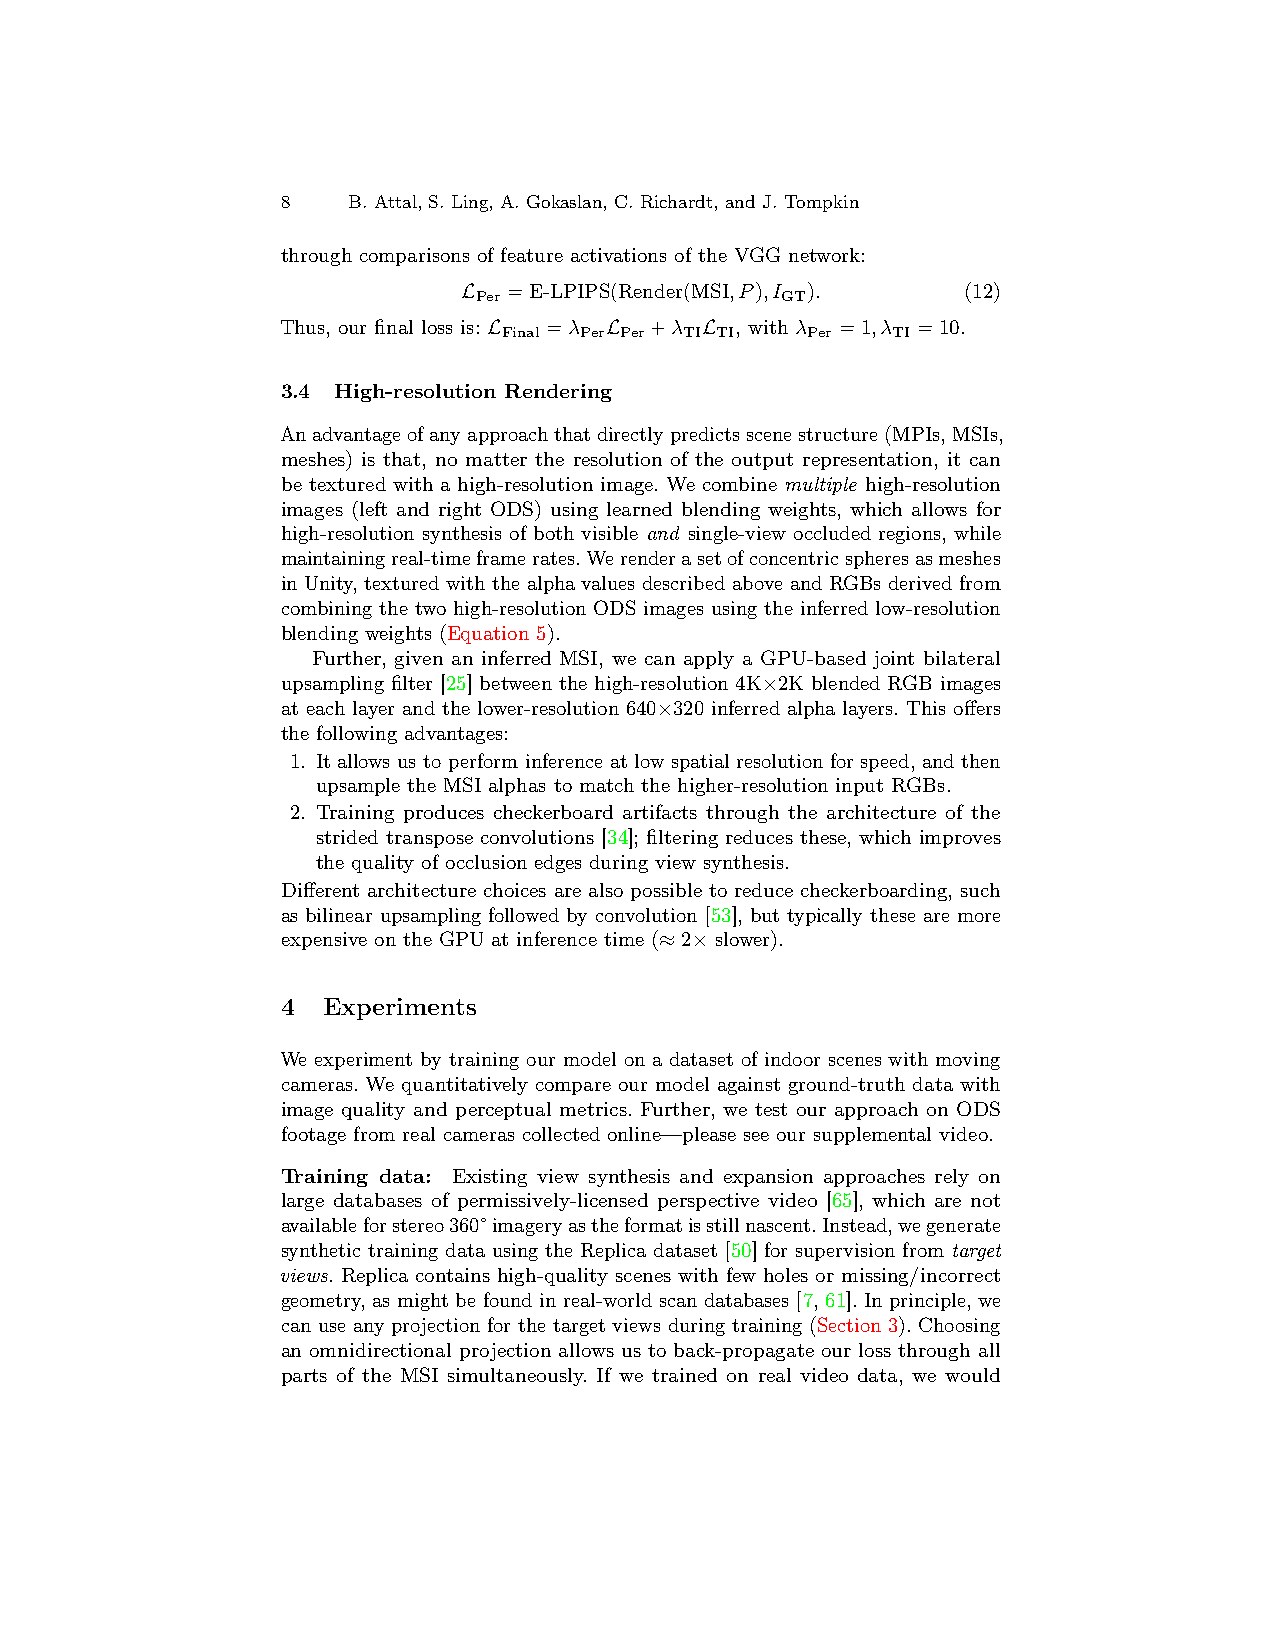
8   B. Attal, S. Ling, A. Gokaslan, C. Richardt, and J. Tompkin
 through comparisons of feature activations of the VGG network:
 L  =E-LPIPS(Render(MSI,P),I ).   (12)
 Per                  GT
 Thus, our final loss is: L =λ L +λ L , with λ =1,λ =10.
 Final Per Per TI TI Per   TI
 3.4 High-resolution Rendering
 Anadvantageofanyapproachthatdirectlypredictsscenestructure(MPIs,MSIs,
 meshes) is that, no matter the resolution of the output representation, it can
 be textured with a high-resolution image. We combine multiple high-resolution
 images (left and right ODS) using learned blending weights, which allows for
 high-resolution synthesis of both visible and single-view occluded regions, while
 maintainingreal-timeframerates.Werenderasetofconcentricspheresasmeshes
 in Unity, textured with the alpha values described above and RGBs derived from
 combining the two high-resolution ODS images using the inferred low-resolution
 blending weights (Equation 5).
 Further, given an inferred MSI, we can apply a GPU-based joint bilateral
 upsampling filter [25] between the high-resolution 4K×2K blended RGB images
 at each layer and the lower-resolution 640×320 inferred alpha layers. This offers
 the following advantages:
 1. It allows us to perform inference at low spatial resolution for speed, and then
 upsample the MSI alphas to match the higher-resolution input RGBs.
 2. Training produces checkerboard artifacts through the architecture of the
 strided transpose convolutions [34]; filtering reduces these, which improves
 the quality of occlusion edges during view synthesis.
 Different architecture choices are also possible to reduce checkerboarding, such
 as bilinear upsampling followed by convolution [53], but typically these are more
 expensive on the GPU at inference time (≈2× slower).
 4 Experiments
 We experiment by training our model on a dataset of indoor scenes with moving
 cameras. We quantitatively compare our model against ground-truth data with
 image quality and perceptual metrics. Further, we test our approach on ODS
 footage from real cameras collected online—please see our supplemental video.
 Training data: Existing view synthesis and expansion approaches rely on
 large databases of permissively-licensed perspective video [65], which are not
 availableforstereo360°imageryastheformatisstillnascent.Instead,wegenerate
 synthetic training data using the Replica dataset [50] for supervision from target
 views. Replica contains high-quality scenes with few holes or missing/incorrect
 geometry, as might be found in real-world scan databases [7, 61]. In principle, we
 can use any projection for the target views during training (Section 3). Choosing
 an omnidirectional projection allows us to back-propagate our loss through all
 parts of the MSI simultaneously. If we trained on real video data, we would